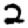
Digit: 2